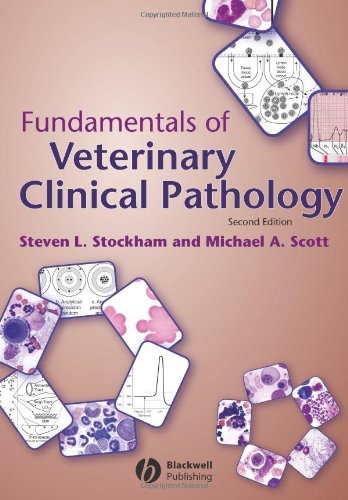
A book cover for Fundamentals of Veterinary Clinical Pathology; Steven L. Stockham; Medical Books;